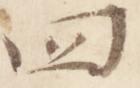
四